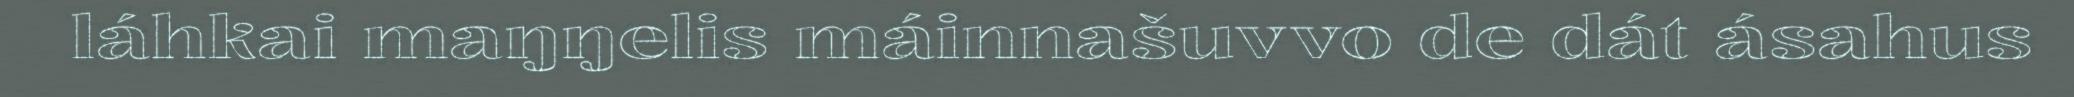
láhkai maŋŋelis máinnašuvvo de dát ásahus